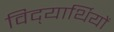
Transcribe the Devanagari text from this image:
विद्‍यार्थियों